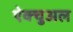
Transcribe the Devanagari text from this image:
ऐक्चुअल